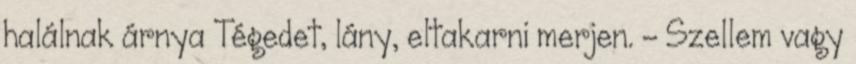
halálnak árnya Tégedet, lány, eltakarni merjen. - Szellem vagy